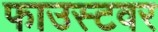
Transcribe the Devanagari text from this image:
फाउस्टवर